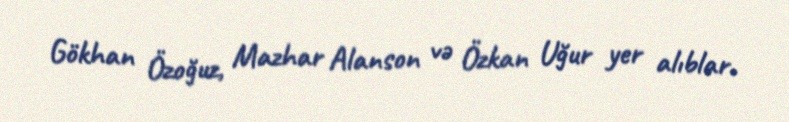
Gökhan Özoğuz, Mazhar Alanson və Özkan Uğur yer alıblar.